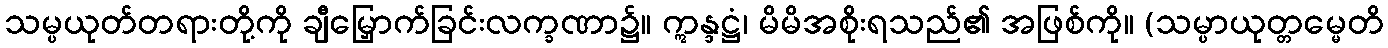
သမ္ပယုတ်တရားတို့ကို ချီမြှောက်ခြင်းလက္ခဏာ၌။ ဣန္ဒဋ္ဌံ၊ မိမိအစိုးရသည်၏ အဖြစ်ကို။ (သမ္ပာယုတ္တမ္မေတိ